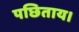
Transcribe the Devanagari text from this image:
पछिताय।